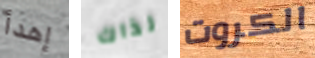
إهدأ لذاك الكروت